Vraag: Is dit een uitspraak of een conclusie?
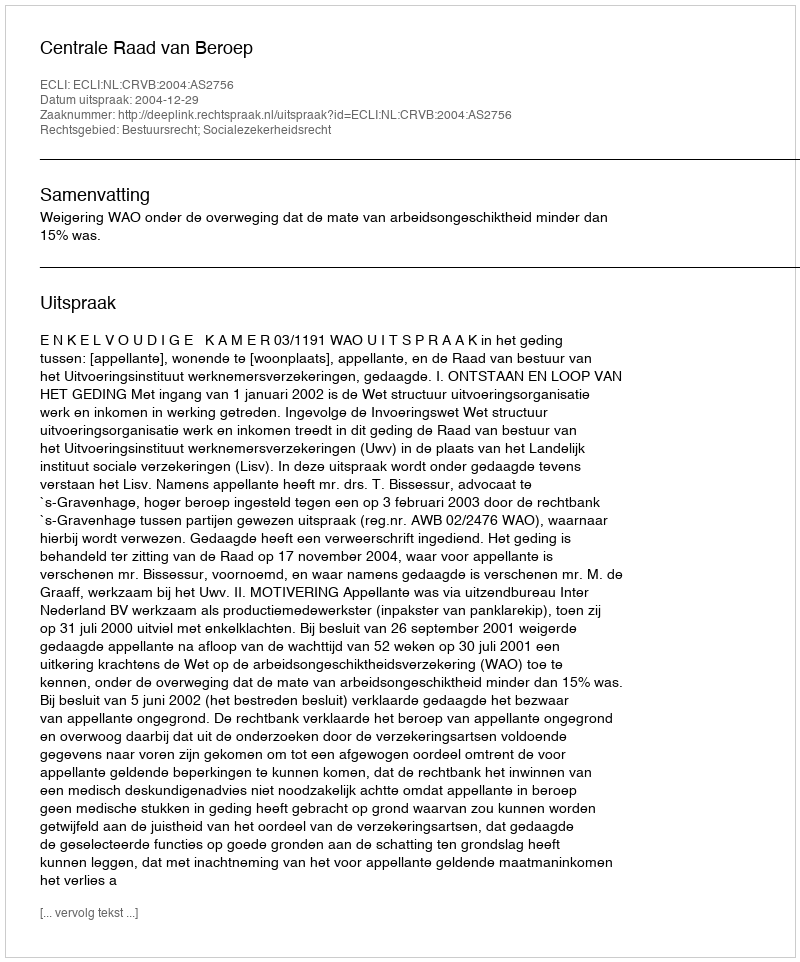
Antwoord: Uitspraak